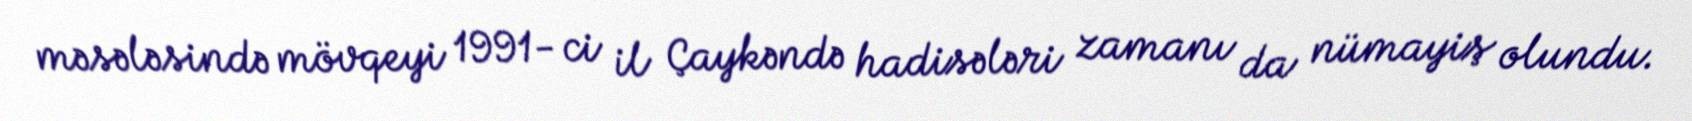
məsələsində mövqeyi 1991- ci il Çaykəndə hadisələri zamanı da nümayiş olundu.